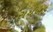
રાયખડ